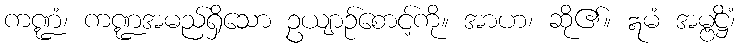
ကဏ္ဍံ၊ ကဏ္ဍအမည်ရှိသော ဥယျာဉ်စောင့်ကို။ အာဟ၊ ဆို၏။ ဣမံ အမ္ဗဋ္ဌိံ၊